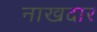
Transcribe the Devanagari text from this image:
नाखदार